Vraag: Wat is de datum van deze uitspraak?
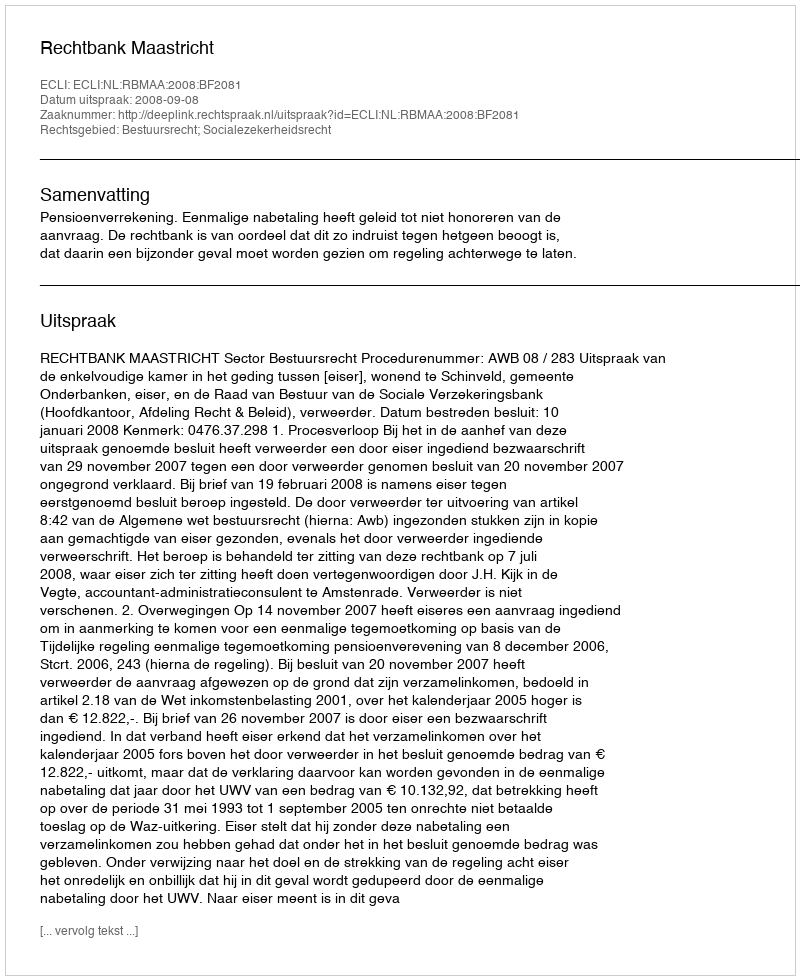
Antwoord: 2008-09-08